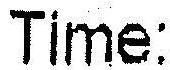
TIME: